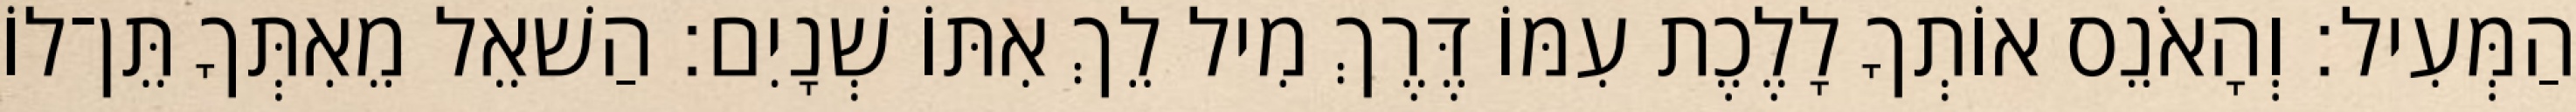
הַמְּעִיל׃ וְהָאֹנֵס אוֹתְךָ לָלֶכֶת עִמּוֹ דֶּרֶךְ מִיל לֵךְ אִתּוֹ שְׁנָיִם׃ הַשׁאֵל מֵאִתְּךָ תֵּן־לוֹ